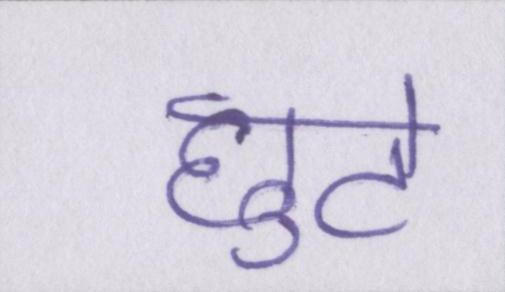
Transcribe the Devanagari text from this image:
छुटे